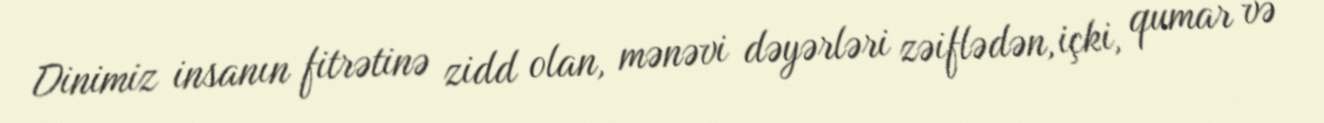
Dinimiz insanın fitrətinə zidd olan, mənəvi dəyərləri zəiflədən, içki, qumar və